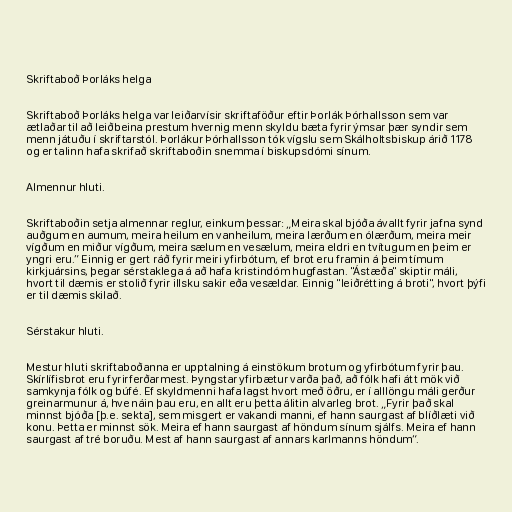
Skriftaboð Þorláks helga

Skriftaboð Þorláks helga var leiðarvísir skriftaföður eftir Þorlák Þórhallsson sem var
ætlaðar til að leiðbeina prestum hvernig menn skyldu bæta fyrir ýmsar þær syndir sem
menn játuðu í skriftarstól. Þorlákur Þórhallsson tók vígslu sem Skálholtsbiskup árið 1178
og er talinn hafa skrifað skriftaboðin snemma í biskupsdómi sínum.

Almennur hluti.

Skriftaboðin setja almennar reglur, einkum þessar: „Meira skal bjóða ávallt fyrir jafna synd
auðgum en aumum, meira heilum en vanheilum, meira lærðum en ólærðum, meira meir
vígðum en miður vígðum, meira sælum en vesælum, meira eldri en tvítugum en þeim er
yngri eru.” Einnig er gert ráð fyrir meiri yfirbótum, ef brot eru framin á þeim tímum
kirkjuársins, þegar sérstaklega á að hafa kristindóm hugfastan. "Ástæða" skiptir máli,
hvort til dæmis er stolið fyrir illsku sakir eða vesældar. Einnig "leiðrétting á broti", hvort þýfi
er til dæmis skilað.

Sérstakur hluti.

Mestur hluti skriftaboðanna er upptalning á einstökum brotum og yfirbótum fyrir þau.
Skírlífisbrot eru fyrirferðarmest. Þyngstar yfirbætur varða það, að fólk hafi átt mök við
samkynja fólk og búfé. Ef skyldmenni hafa lagst hvort með öðru, er í alllöngu máli gerður
greinarmunur á, hve náin þau eru, en allt eru þetta álitin alvarleg brot. „Fyrir það skal
minnst bjóða [þ.e. sekta], sem misgert er vakandi manni, ef hann saurgast af blíðlæti við
konu. Þetta er minnst sök. Meira ef hann saurgast af höndum sínum sjálfs. Meira ef hann
saurgast af tré boruðu. Mest af hann saurgast af annars karlmanns höndum“.